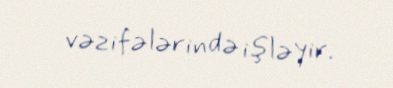
vəzifələrində işləyir.